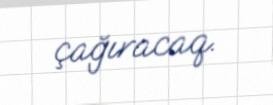
çağıracaq.